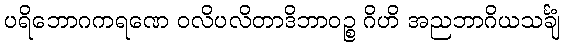
ပရိဘောဂကရဏေ ဝလိပလိတာဒိဘာဝဉ္စ ဂိဟိ အညဘာဂိယသင်္ချံ